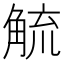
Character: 𮗲